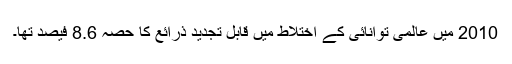
2010 میں عالمی توانائی کے اختلاط میں قابل تجدید ذرائع کا حصہ 8.6 فیصد تھا۔